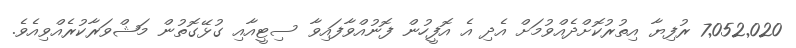
7